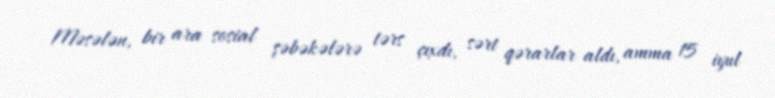
Məsələn, bir ara sosial şəbəkələrə tərs çıxdı, sərt qərarlar aldı, amma 15 iyul